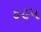
૪૯૫